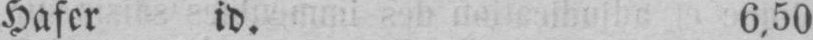
Hafer id. 6,50